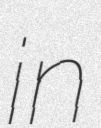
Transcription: in